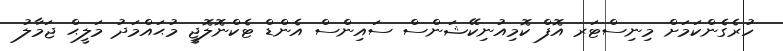
ހުރެގެންކަމަށް މިނިސްޓަރ އޮފް ކޮމިއުނިކޭޝަންސް ސައިންސް އެންޑް ޓެކްނޮލޮޖީ މުޙައްމަދު މަލީޙް ޖަމާލު